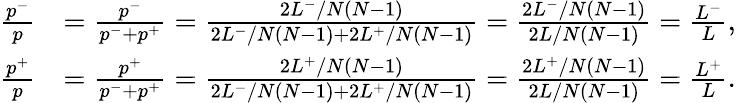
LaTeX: \begin{array}{rl}{\frac{p^{-}}{p}}&{=\frac{p^{-}}{p^{-}+p^{+}}=\frac{2L^{-}/N(N-1)}{2L^{-}/N(N-1)+2L^{+}/N(N-1)}=\frac{2L^{-}/N(N-1)}{2L/N(N-1)}=\frac{L^{-}}{L},}\\ {\frac{p^{+}}{p}}&{=\frac{p^{+}}{p^{-}+p^{+}}=\frac{2L^{+}/N(N-1)}{2L^{-}/N(N-1)+2L^{+}/N(N-1)}=\frac{2L^{+}/N(N-1)}{2L/N(N-1)}=\frac{L^{+}}{L}.}\end{array}